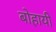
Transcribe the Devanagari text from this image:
बोहायी